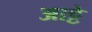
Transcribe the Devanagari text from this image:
आट्टे